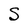
Character: S